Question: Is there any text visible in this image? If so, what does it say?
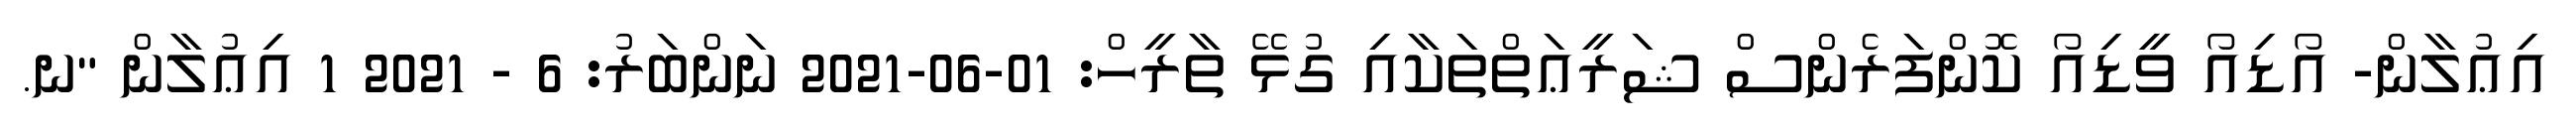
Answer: އިޢުލާން- އޯޑިއޯ ވީޑިއޯ ކޮންފަރެންސް ޝަރީޢަތްތަކާއި ގުޅޭ ތާރީހް: 01-06-2021 ނަންބަރު: 6 - 2021 1 އިޢުލާން "ނ.